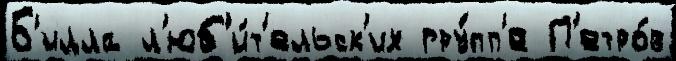
Б'илла л'юб'и́т'ельск'их гру́пп'е П'етро́в